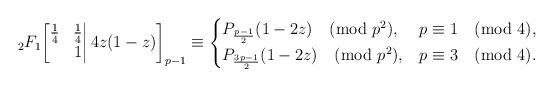
LaTeX: \begin{align*}{}_2F_1\bigg[\begin{matrix}\frac{1}{4}&\frac{1}{4}\\&1\end{matrix}\bigg|\,4z(1-z)\bigg]_{p-1}\equiv\begin{cases}P_{\frac{p-1}{2}}(1-2z)\pmod{p^2},&p\equiv1\pmod{4},\\P_{\frac{3p-1}{2}}(1-2z)\pmod{p^2},&p\equiv3\pmod{4}.\end{cases}\end{align*}